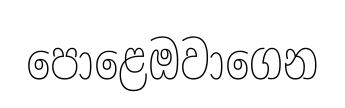
පොළෙඔවාගෙන